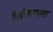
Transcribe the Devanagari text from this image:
चित्रीकरणाला